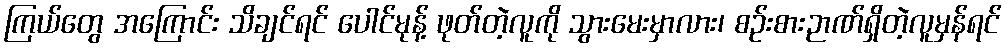
ကြယ်တွေ အကြောင်း သိချင်ရင် ပေါင်မုန့် ဖုတ်တဲ့လူကို သွားမေးမှာလား၊ စဉ်းစားဉာဏ်ရှိတဲ့လူမှန်ရင်